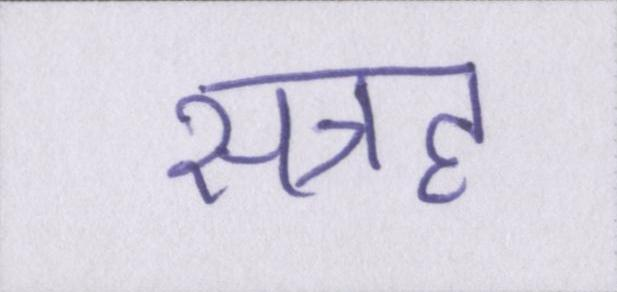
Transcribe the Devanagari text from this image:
सत्रह